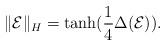
LaTeX: \begin{align*}\|\mathcal E\|_H=\tanh(\frac{1}{4}\Delta(\mathcal E)).\end{align*}